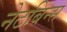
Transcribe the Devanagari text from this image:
नेटबिन्स